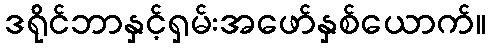
ဒရိုင်ဘာနှင့်ရှမ်းအဖော်နှစ်ယောက်။